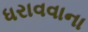
ધરાવવાના